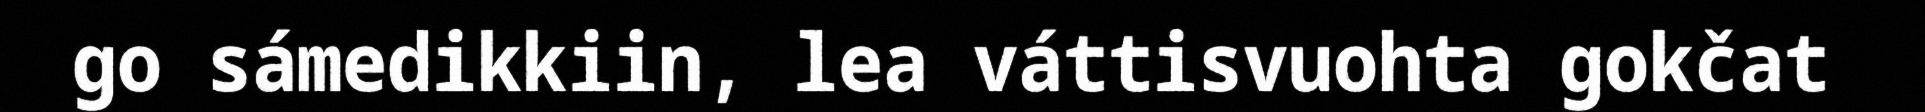
go sámedikkiin, lea váttisvuohta gokčat